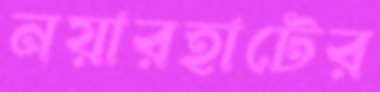
নয়ারহাটের